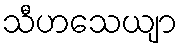
သီဟသေယျာ